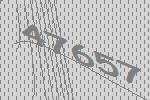
47657